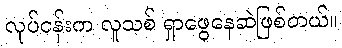
လုပ်ငန်းက လူသစ် ရှာဖွေနေဆဲဖြစ်တယ်။